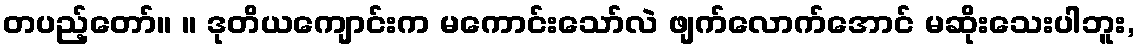
တပည့်တော်။ ။ ဒုတိယကျောင်းက မကောင်းသော်လဲ ဖျက်လောက်အောင် မဆိုးသေးပါဘူး,